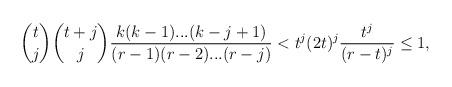
LaTeX: \begin{align*}\binom{t}{j}\binom{t+j}{j}\frac{k(k-1)...(k-j+1)}{(r-1)(r-2)...(r-j)}< t^j(2t)^j\frac{t^j}{(r-t)^j}\leq 1,\end{align*}